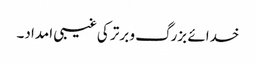
خدائے بزرگ و برتر کی غیبی امداد۔